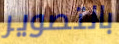
بالتصوير